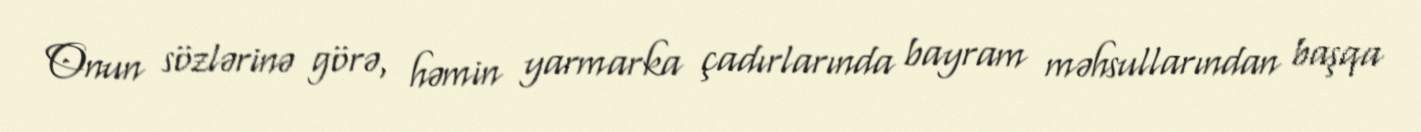
Onun sözlərinə görə, həmin yarmarka çadırlarında bayram məhsullarından başqa